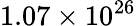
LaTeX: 1.07\times 10^{26}